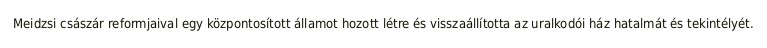
Meidzsi császár reformjaival egy központosított államot hozott létre és visszaállította az uralkodói ház hatalmát és tekintélyét.